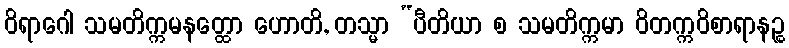
ဝိရာဂေါ သမတိက္ကမနတ္ထော ဟောတိ, တသ္မာ “ပီတိယာ စ သမတိက္ကမာ ဝိတက္ကဝိစာရာနဉ္စ